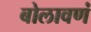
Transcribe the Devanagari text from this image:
बोलावणं